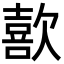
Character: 歖